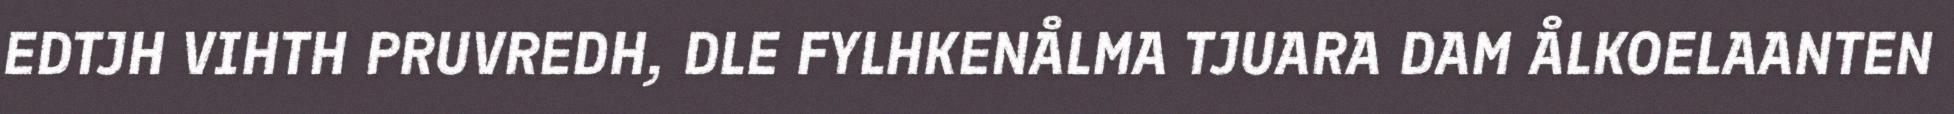
EDTJH VIHTH PRUVREDH, DLE FYLHKENÅLMA TJUARA DAM ÅLKOELAANTEN